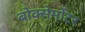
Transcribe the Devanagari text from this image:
बोक्सेर्मोटर